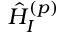
\hat { H } _ { I } ^ { ( p ) }